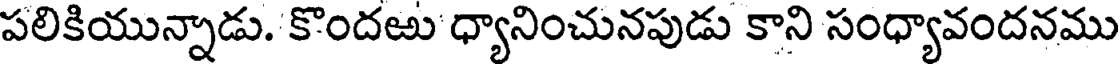
పలికియున్నాడు. కొందఱు ధ్యానించునపుడు కాని సంధ్యావందనము